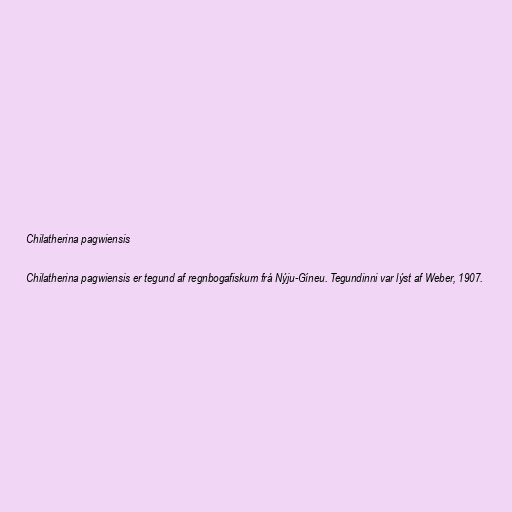
Chilatherina pagwiensis

Chilatherina pagwiensis er tegund af regnbogafiskum frá Nýju-Gíneu. Tegundinni var lýst af Weber, 1907.